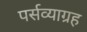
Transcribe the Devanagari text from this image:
पर्सव्याग्रह